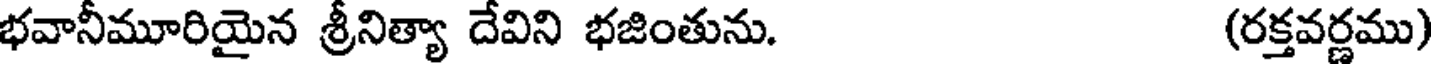
భవానీమూరియైన శ్రీనిత్యా దేవిని భజింతును. (రక్తవర్ణము)